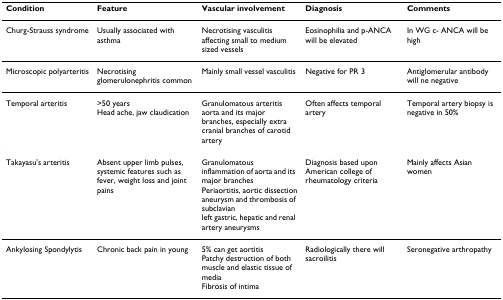
<table><thead><tr><td><b>Condition</b></td><td><b>Feature</b></td><td><b>Vascular involvement</b></td><td><b>Diagnosis</b></td><td><b>Comments</b></td></tr></thead><tbody><tr><td>Churg-Strauss syndrome</td><td>Usually associated with asthma</td><td>Necrotising vasculitis affecting small to medium sized vessels</td><td>Eosinophilia and p-ANCA will be elevated</td><td>In WG c- ANCA will be high</td></tr><tr><td>Microscopic polyarteritis</td><td>Necrotising glomerulonephritis common</td><td>Mainly small vessel vasculitis</td><td>Negative for PR 3</td><td>Antiglomerular antibody will ne negative</td></tr><tr><td>Temporal arteritis</td><td>&gt;50 yearsHead ache, jaw claudication</td><td>Granulomatous arteritisaorta and its major branches, especially extra cranial branches of carotid artery</td><td>Often affects temporal artery</td><td>Temporal artery biopsy is negative in 50%</td></tr><tr><td>Takayasu&#x27;s arteritis</td><td>Absent upper limb pulses, systemic features such as fever, weight loss and joint pains</td><td>Granulomatous inflammation of aorta and its major branchesPeriaortitis, aortic dissectionaneurysm and thrombosis of subclavianleft gastric, hepatic and renal artery aneurysms</td><td>Diagnosis based upon American college of rheumatology criteria</td><td>Mainly affects Asian women</td></tr><tr><td>Ankylosing Spondylytis</td><td>Chronic back pain in young</td><td>5% can get aortitisPatchy destruction of both muscle and elastic tissue of mediaFibrosis of intima</td><td>Radiologically there will sacroilitis</td><td>Seronegative arthropathy</td></tr></tbody></table>